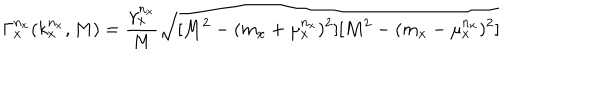
\Gamma _ { x } ^ { n _ { x } } ( k _ { x } ^ { n _ { x } } , M ) = { \frac { \gamma _ { x } ^ { n _ { x } } } { M } } \sqrt { [ M ^ { 2 } - ( m _ { x } + \mu _ { x } ^ { n _ { x } } ) ^ { 2 } ] [ M ^ { 2 } - ( m _ { x } - \mu _ { x } ^ { n _ { x } } ) ^ { 2 } ] }